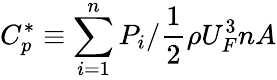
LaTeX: C_{p}^{*}\equiv\sum_{i=1}^{n}P_{i}/\frac{1}{2}\rho U_{F}^{3}nA